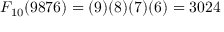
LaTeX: F _ { 1 0 } ( 9 8 7 6 ) = ( 9 ) ( 8 ) ( 7 ) ( 6 ) = 3 0 2 4